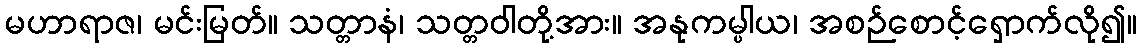
မဟာရာဇ၊ မင်းမြတ်။ သတ္တာနံ၊ သတ္တဝါတို့အား။ အနုကမ္ပါယ၊ အစဉ်စောင့်ရှောက်လို၍။